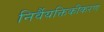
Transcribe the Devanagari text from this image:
निर्वैयक्तिकीकरण